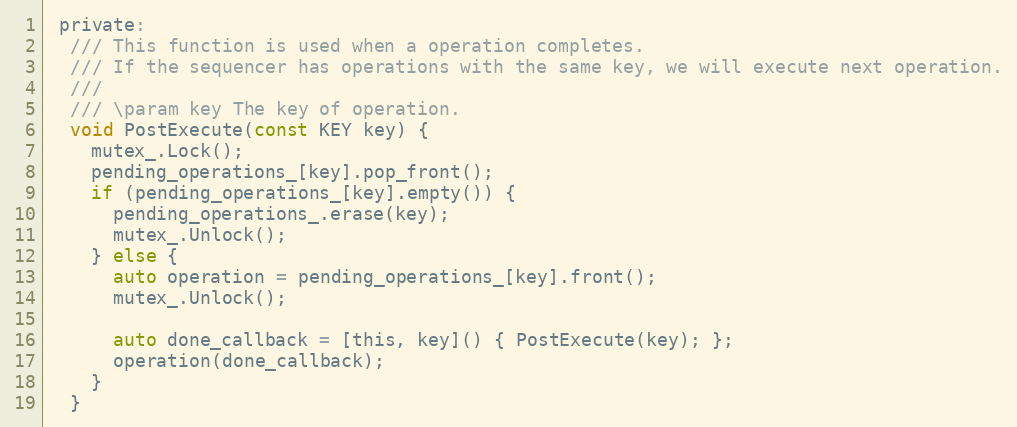
Language: C
 private:
  /// This function is used when a operation completes.
  /// If the sequencer has operations with the same key, we will execute next operation.
  ///
  /// \param key The key of operation.
  void PostExecute(const KEY key) {
    mutex_.Lock();
    pending_operations_[key].pop_front();
    if (pending_operations_[key].empty()) {
      pending_operations_.erase(key);
      mutex_.Unlock();
    } else {
      auto operation = pending_operations_[key].front();
      mutex_.Unlock();

      auto done_callback = [this, key]() { PostExecute(key); };
      operation(done_callback);
    }
  }